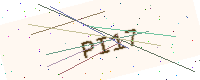
Text: PI17